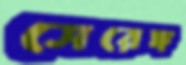
সেরেঙ্গ